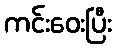
ကင်းဝေးပြီး